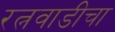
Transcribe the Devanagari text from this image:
रत्नवाडीचा